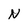
Character: N